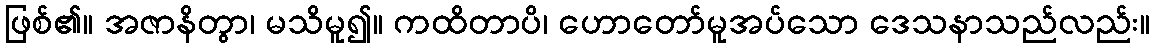
ဖြစ်၏။ အဇာနိတွာ၊ မသိမူ၍။ ကထိတာပိ၊ ဟောတော်မူအပ်သော ဒေသနာသည်လည်း။